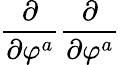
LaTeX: \frac\partial{\partial\varphi^{a}}\frac\partial{\partial\varphi^{a}}